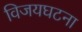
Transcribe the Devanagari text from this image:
विजयघटना